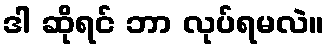
ဒါ ဆိုရင် ဘာ လုပ်ရမလဲ။